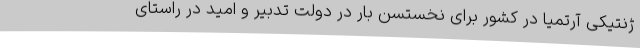
ژنتیکی آرتمیا در کشور برای نخستسن بار در دولت تدبیر و امید در راستای